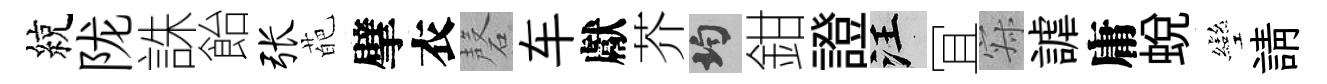
綂陇誅飴张葩擘衣磬车獻芥均鉗證汪冝寂謔庸蜕彎請